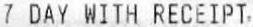
7 DAY WITH RECEIPT,